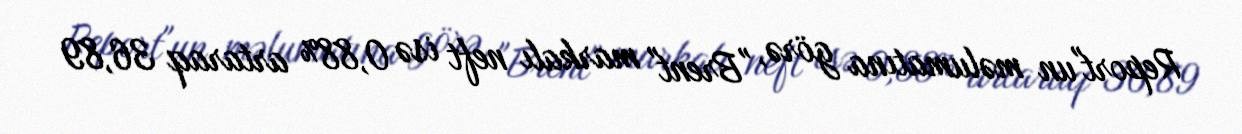
Report"un məlumatına görə, "Brent" markalı neft isə 0,88% artaraq 36,89